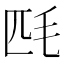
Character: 𣬮